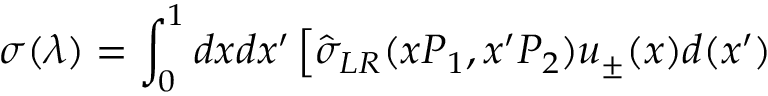
\sigma ( \lambda ) = \int _ { 0 } ^ { 1 } d x d x ^ { \prime } \left[ \hat { \sigma } _ { L R } ( x P _ { 1 } , x ^ { \prime } P _ { 2 } ) u _ { \pm } ( x ) d ( x ^ { \prime } ) \right.